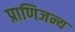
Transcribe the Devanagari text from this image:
प्राणिजन्य